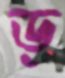
ড্